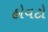
હોવટો